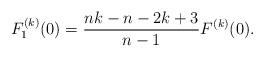
LaTeX: \begin{align*} F_{1}^{(k)}(0)=\frac{nk-n-2k+3}{n-1}F^{(k)}(0).\end{align*}